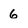
Character: 6